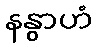
နနွာဟံ